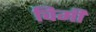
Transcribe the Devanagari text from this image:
चिमी